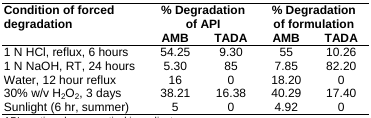
| Condition of forced degradation | <COLSPAN=2> % Degradation of API | <COLSPAN=2> % Degradation of formulation |
 |  | AMB | TADA | AMB | TADA |
 | --- | --- | --- | --- | --- |
 | 1 N HCI, reflux, 6 hours | 54.25 | 9.30 | 55 | 10.26 |
 | 1 N NaOH, RT, 24 hours | 5.30 | 85 | 7.85 | 82.20 |
 | Water, 12 hour reflux | 16 | 0 | 18.20 | 0 |
 | 30% w/v H2O2, 3 days | 38.21 | 16.38 | 40.29 | 17.40 |
 | Sunlight (6 hr, summer) | 5 | 0 | 4.92 | 0 |